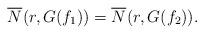
LaTeX: \begin{align*}\overline N_{}(r,G(f_1))=\overline N_{}(r,G(f_2)).\end{align*}